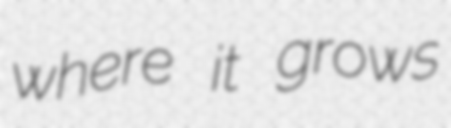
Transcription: where it grows